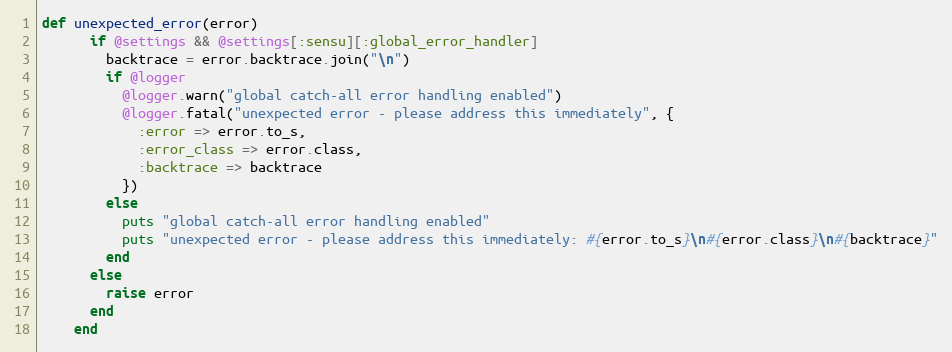
Language: Ruby
def unexpected_error(error)
      if @settings && @settings[:sensu][:global_error_handler]
        backtrace = error.backtrace.join("\n")
        if @logger
          @logger.warn("global catch-all error handling enabled")
          @logger.fatal("unexpected error - please address this immediately", {
            :error => error.to_s,
            :error_class => error.class,
            :backtrace => backtrace
          })
        else
          puts "global catch-all error handling enabled"
          puts "unexpected error - please address this immediately: #{error.to_s}\n#{error.class}\n#{backtrace}"
        end
      else
        raise error
      end
    end